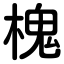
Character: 槐